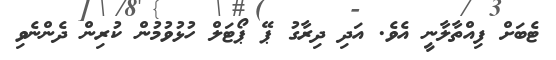
ޓެބަށް ފިއްތާލާނީ އެވެ. އަދި ދިރާގު ޕޭ ޕޯޓަލް ހުޅުވުމުން ކުރިން ދެންނެވި